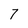
Character: 7